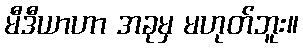
မီဒီယာဟာ အခုမှ မဟုတ်ဘူး။